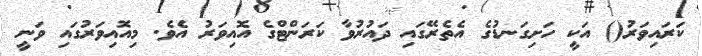
ކަރައިވަރު() އަކީ ހަށިގަނޑުގެ އެތެރޭގައި ދައުރުވާ ކަރަންޓްގެ އޮއިވަރު އެވެ. މިއޮއިވަރުގައި ވަނީ